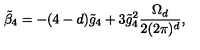
\tilde { \beta } _ { 4 } = - ( 4 - d ) \tilde { g } _ { 4 } + 3 \tilde { g } _ { 4 } ^ { 2 } \frac { \Omega _ { d } } { 2 ( 2 \pi ) ^ { d } } ,